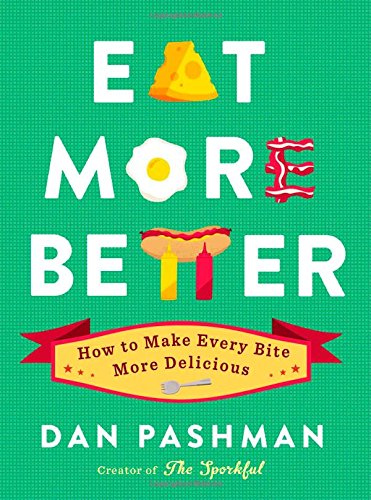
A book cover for Eat More Better: How to Make Every Bite More Delicious; Dan Pashman; Humor & Entertainment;